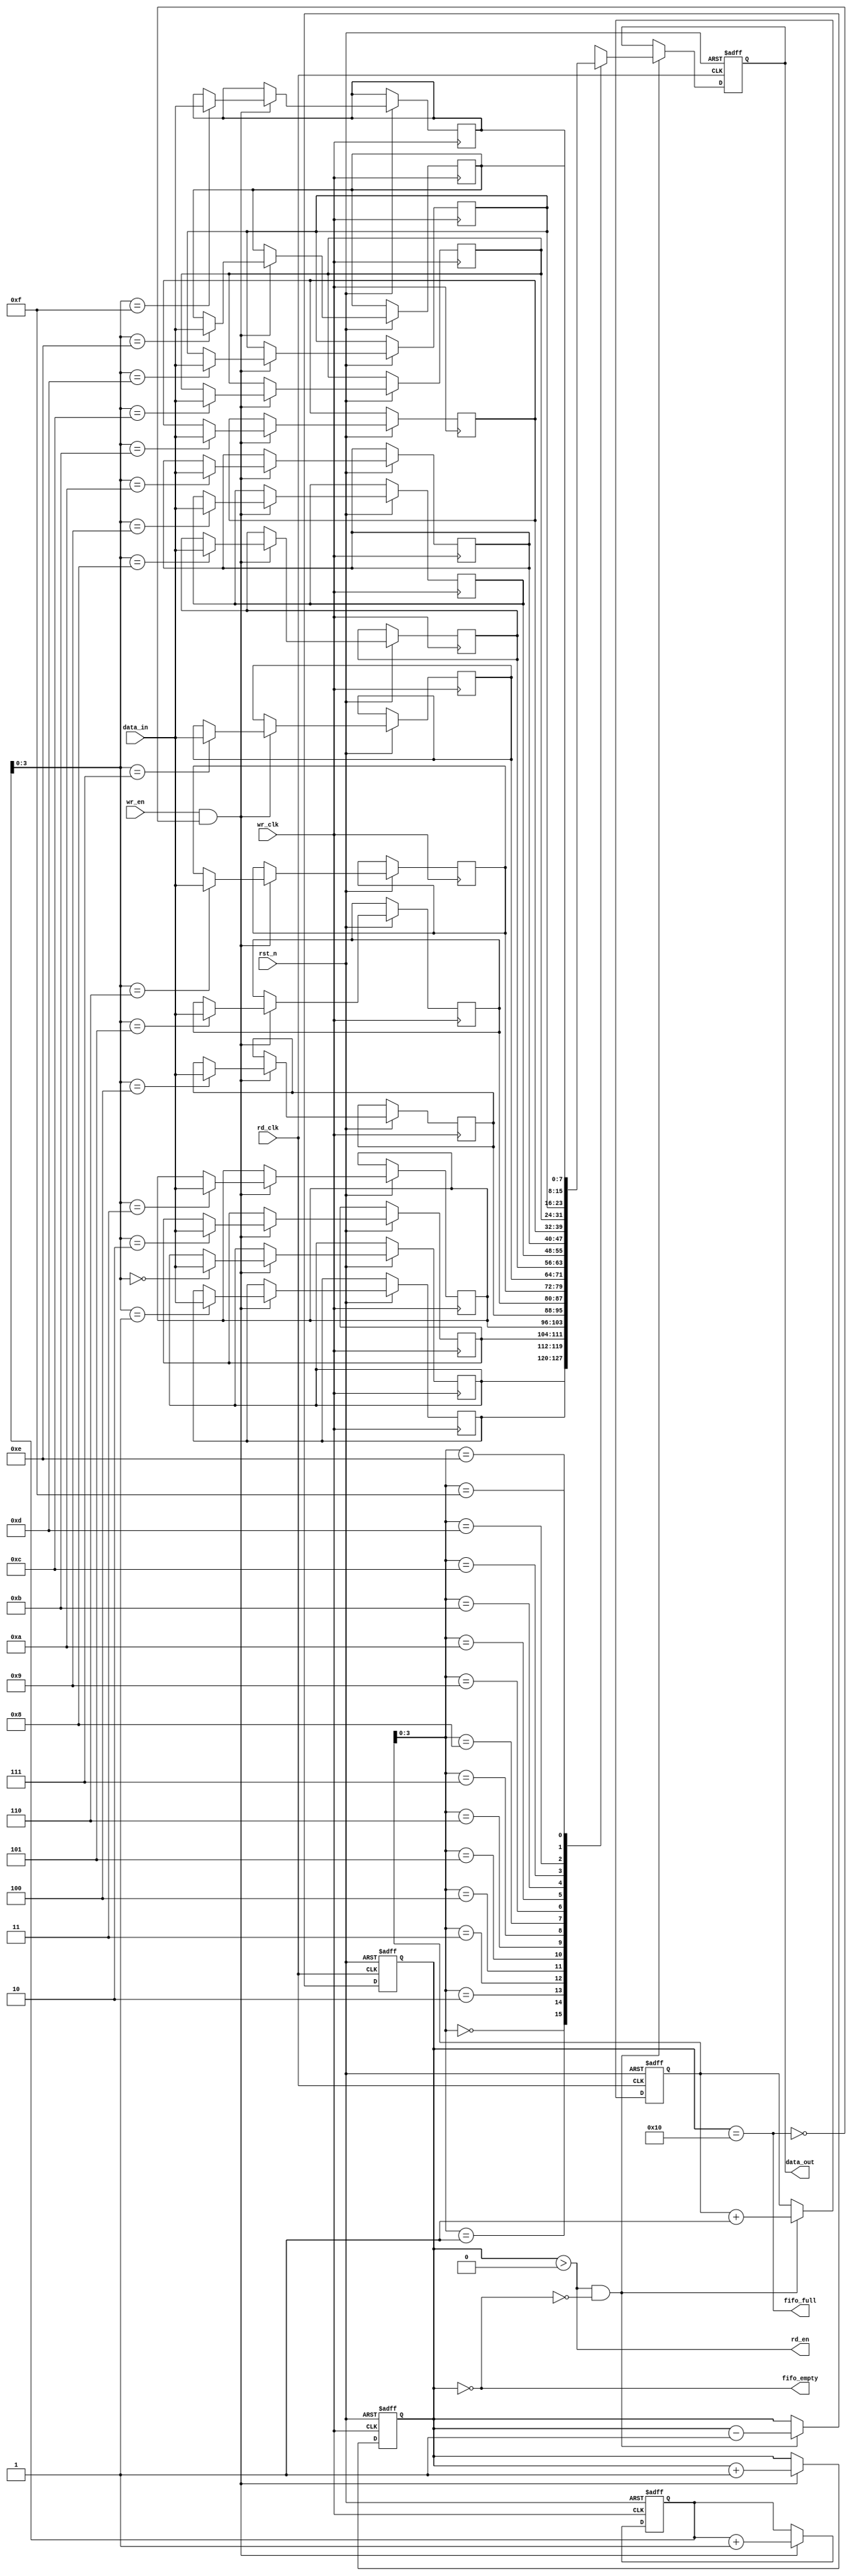
module fifo_synchronizer #(
    parameter DATA_WIDTH = 8,     // Width of the data
    parameter FIFO_DEPTH = 16      // Depth of the FIFO
) (
    input wire wr_clk,             // Write clock (source clock domain)
    input wire rd_clk,             // Read clock (destination clock domain)
    input wire rst_n,              // Active low reset
    input wire [DATA_WIDTH-1:0] data_in,  // Data input
    input wire wr_en,              // Write enable
    output wire rd_en,             // Read enable
    output reg [DATA_WIDTH-1:0] data_out, // Data output
    output wire fifo_full,         // FIFO full status
    output wire fifo_empty         // FIFO empty status
);

    // FIFO memory
    reg [DATA_WIDTH-1:0] fifo_mem [0:FIFO_DEPTH-1];
    reg [4:0] wr_ptr, rd_ptr;         // Write and read pointers
    reg [4:0] fifo_count;             // FIFO count

    // Write Control Logic
    assign fifo_full = (fifo_count == FIFO_DEPTH);
    assign rd_en = (fifo_count > 0);
    assign fifo_empty = (fifo_count == 0);

    always @(posedge wr_clk or negedge rst_n) begin
        if (!rst_n) begin
            wr_ptr <= 5'b0;
            fifo_count <= 5'b0;
        end else if (wr_en && !fifo_full) begin
            fifo_mem[wr_ptr] <= data_in;
            wr_ptr <= wr_ptr + 1;
            fifo_count <= fifo_count + 1;
        end
    end

    // Read Control Logic
    always @(posedge rd_clk or negedge rst_n) begin
        if (!rst_n) begin
            rd_ptr <= 5'b0;
            fifo_count <= 5'b0;
            data_out <= 0;
        end else if (rd_en && !fifo_empty) begin
            data_out <= fifo_mem[rd_ptr];
            rd_ptr <= rd_ptr + 1;
            fifo_count <= fifo_count - 1;
        end
    end

endmodule